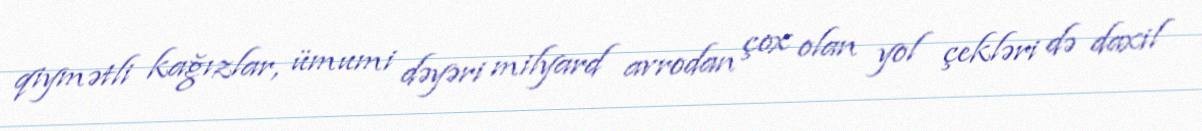
qiymətli kağızlar, ümumi dəyəri milyard avrodan çox olan yol çekləri də daxil